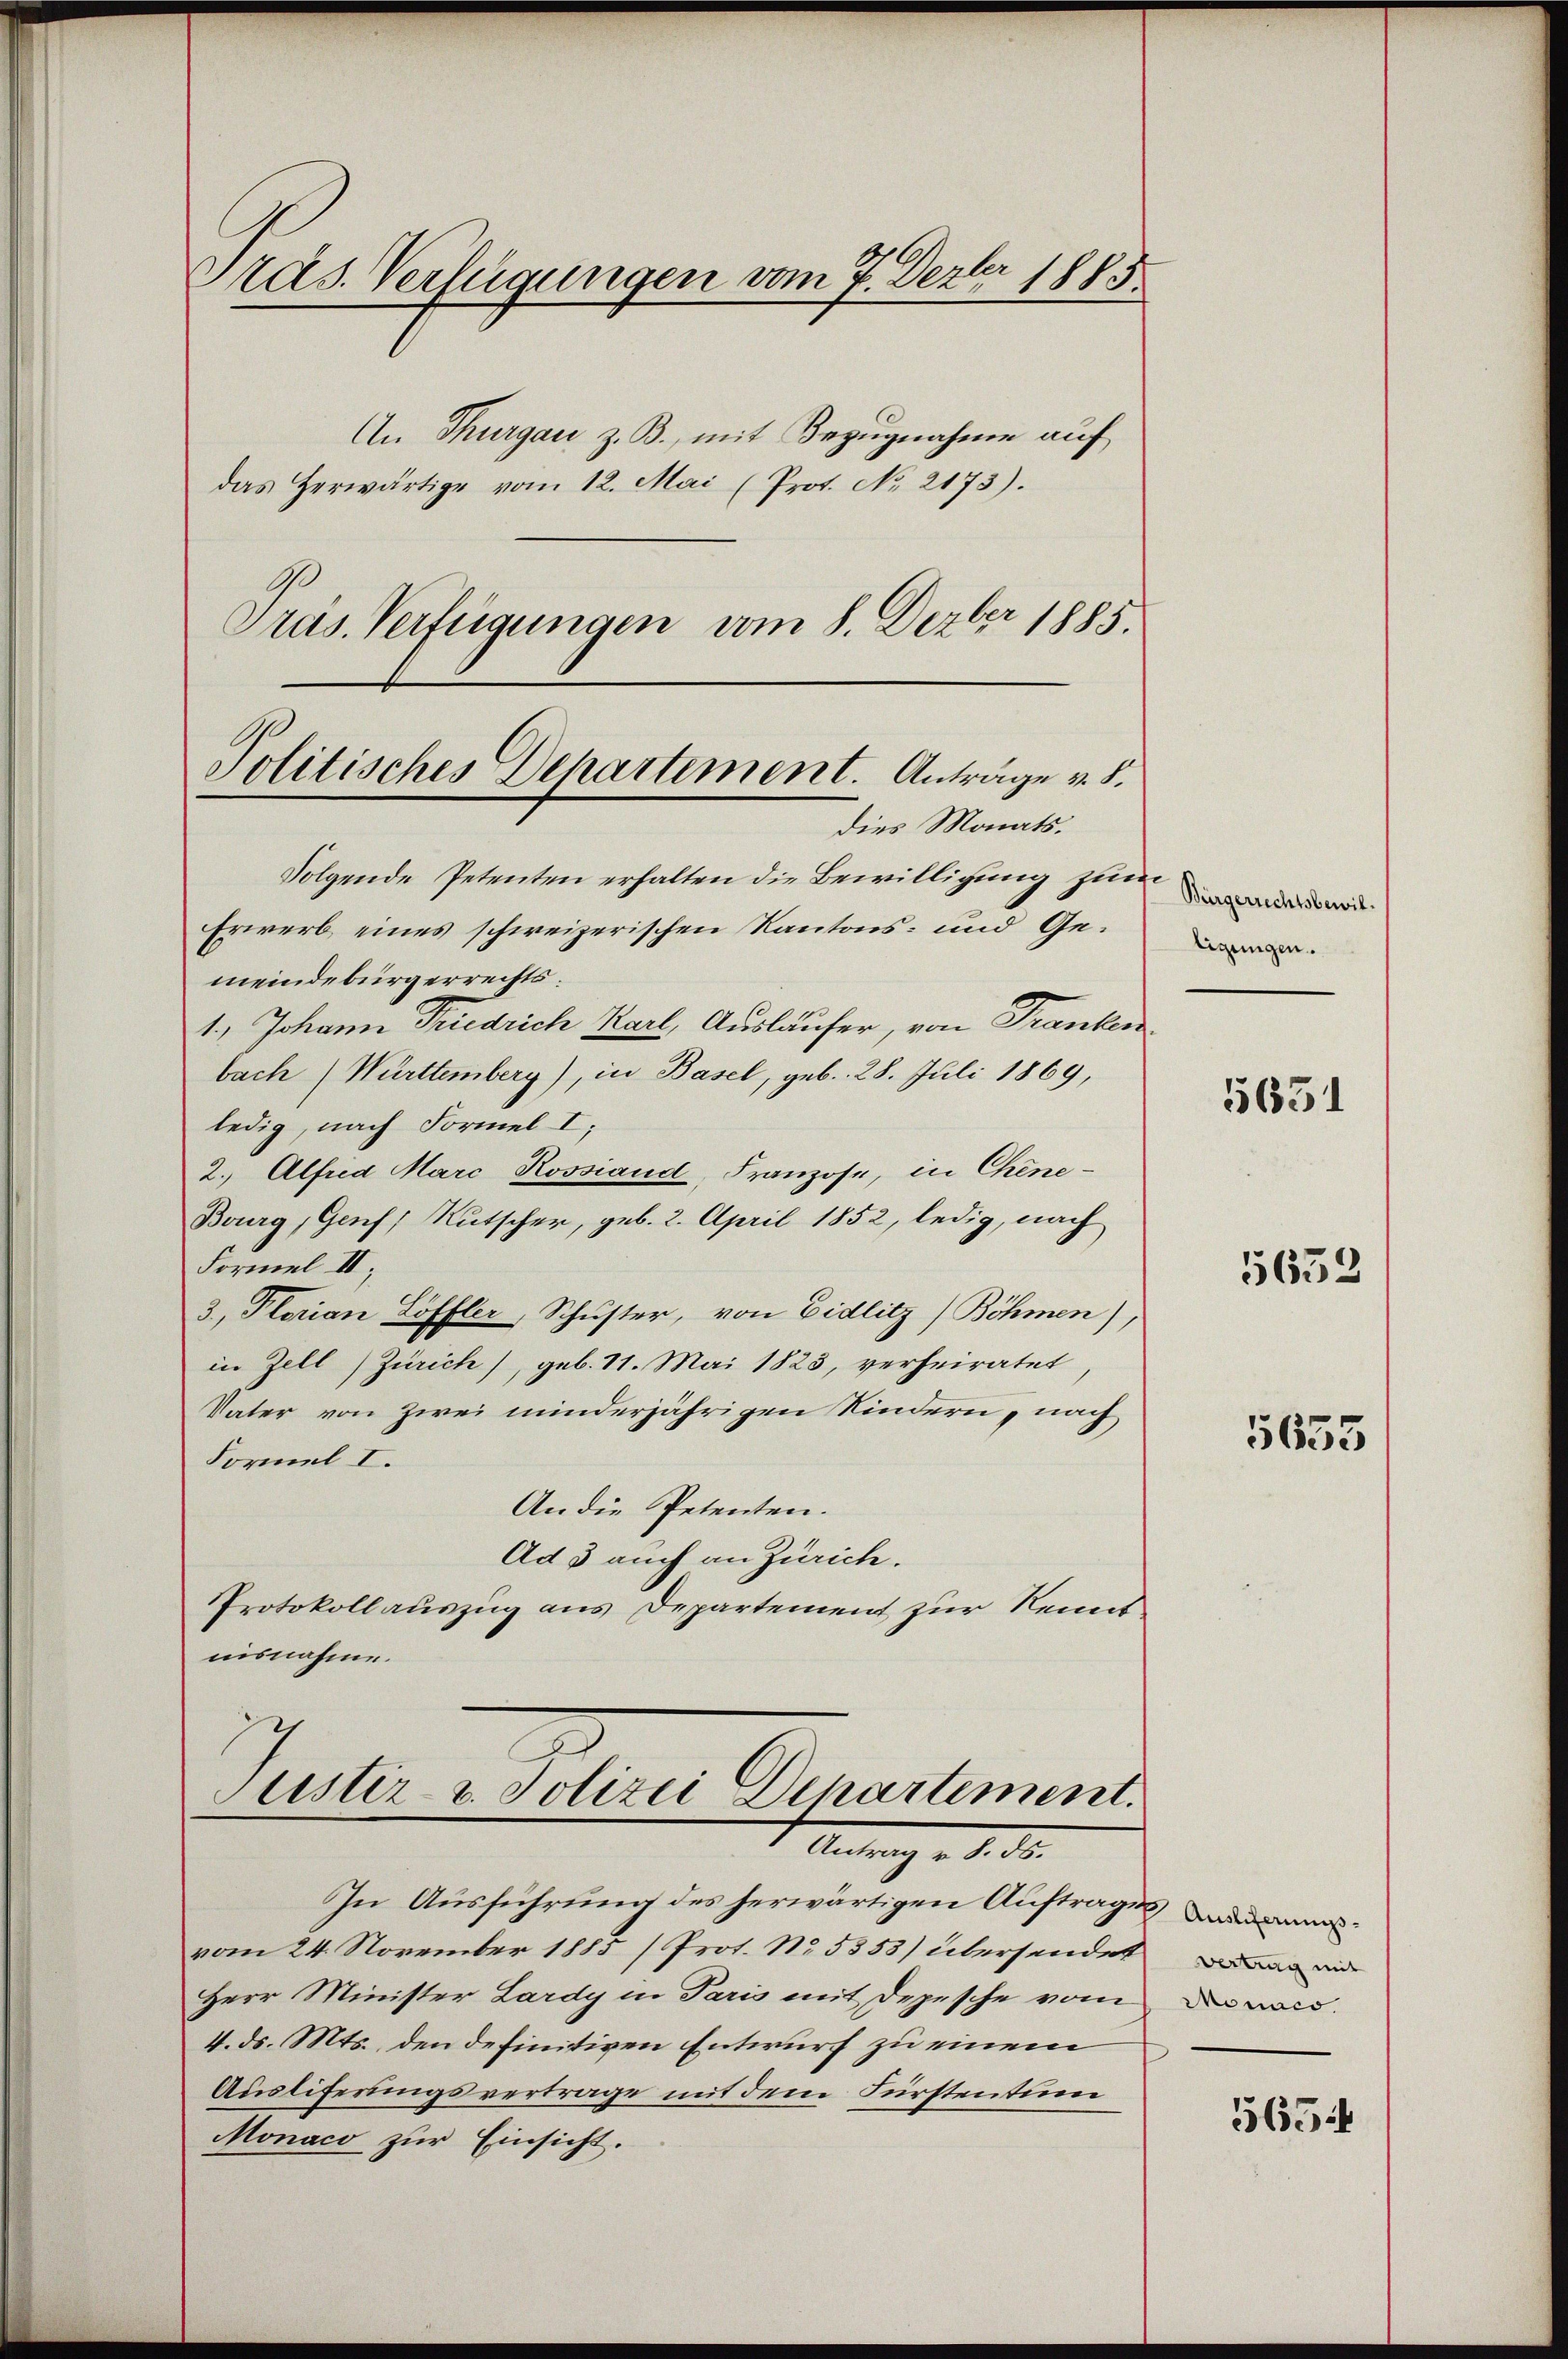
Präs. Verfügungen vom 7. Dezbr 1883
An Thurgau z. B., mit Bezugnahme auf
das herwärtige vom 12. Mai (Prot. No 2173).
Präs. Verfügungen vom 8. Dezbr 1885.

Politisches Departement. Anträge v. 8.
dies Monats.

Folgende Petenten erhalten die Bewilligung zie
Erwerb eines schweizerischen Kantons- und Gemeindebürgerrechts.
1., Johann Friedrich Karl, Ausläufer, von Franken
bach (Württemberg), in Basel, geb. 28. Juli 1869,
ledig, nach Formel I;
2. Alfred Marc Rossiand, Franzose, in Chine-
Bourg, Genf, Rutscher, geb. 2. April 1852, ledig, nach
Formel II
3, Plorian Löffler, Schuster, von Eidlitz (Böhmen),
in Zell Zürich), geb. 11. Mai 1823, verheiratet
Vater von zwei minderjährigen Kindern, nach
Formel I.
An die Petenten.
Ad 3 auch an Zürich.
Protokollauszug aus Departement zur Kenntnisnahme.

Justiz- u. Polizei Departement.
Antrag v. 8. ds.

In Ausführung des herwärtigen Auftrages
vom 24. November 1885 (Prot. No. 5353) übersendet
Herr Minister Lardy in Paris mit Depesche vom
4. ds. Mts., den definitiven Entwurf zu einem
Ausliferungsvertrage mit dem Fürstentum
Monaco zur Einsicht.

tigungen.

5651

5652

5635

vertrag mit
Monaco

565